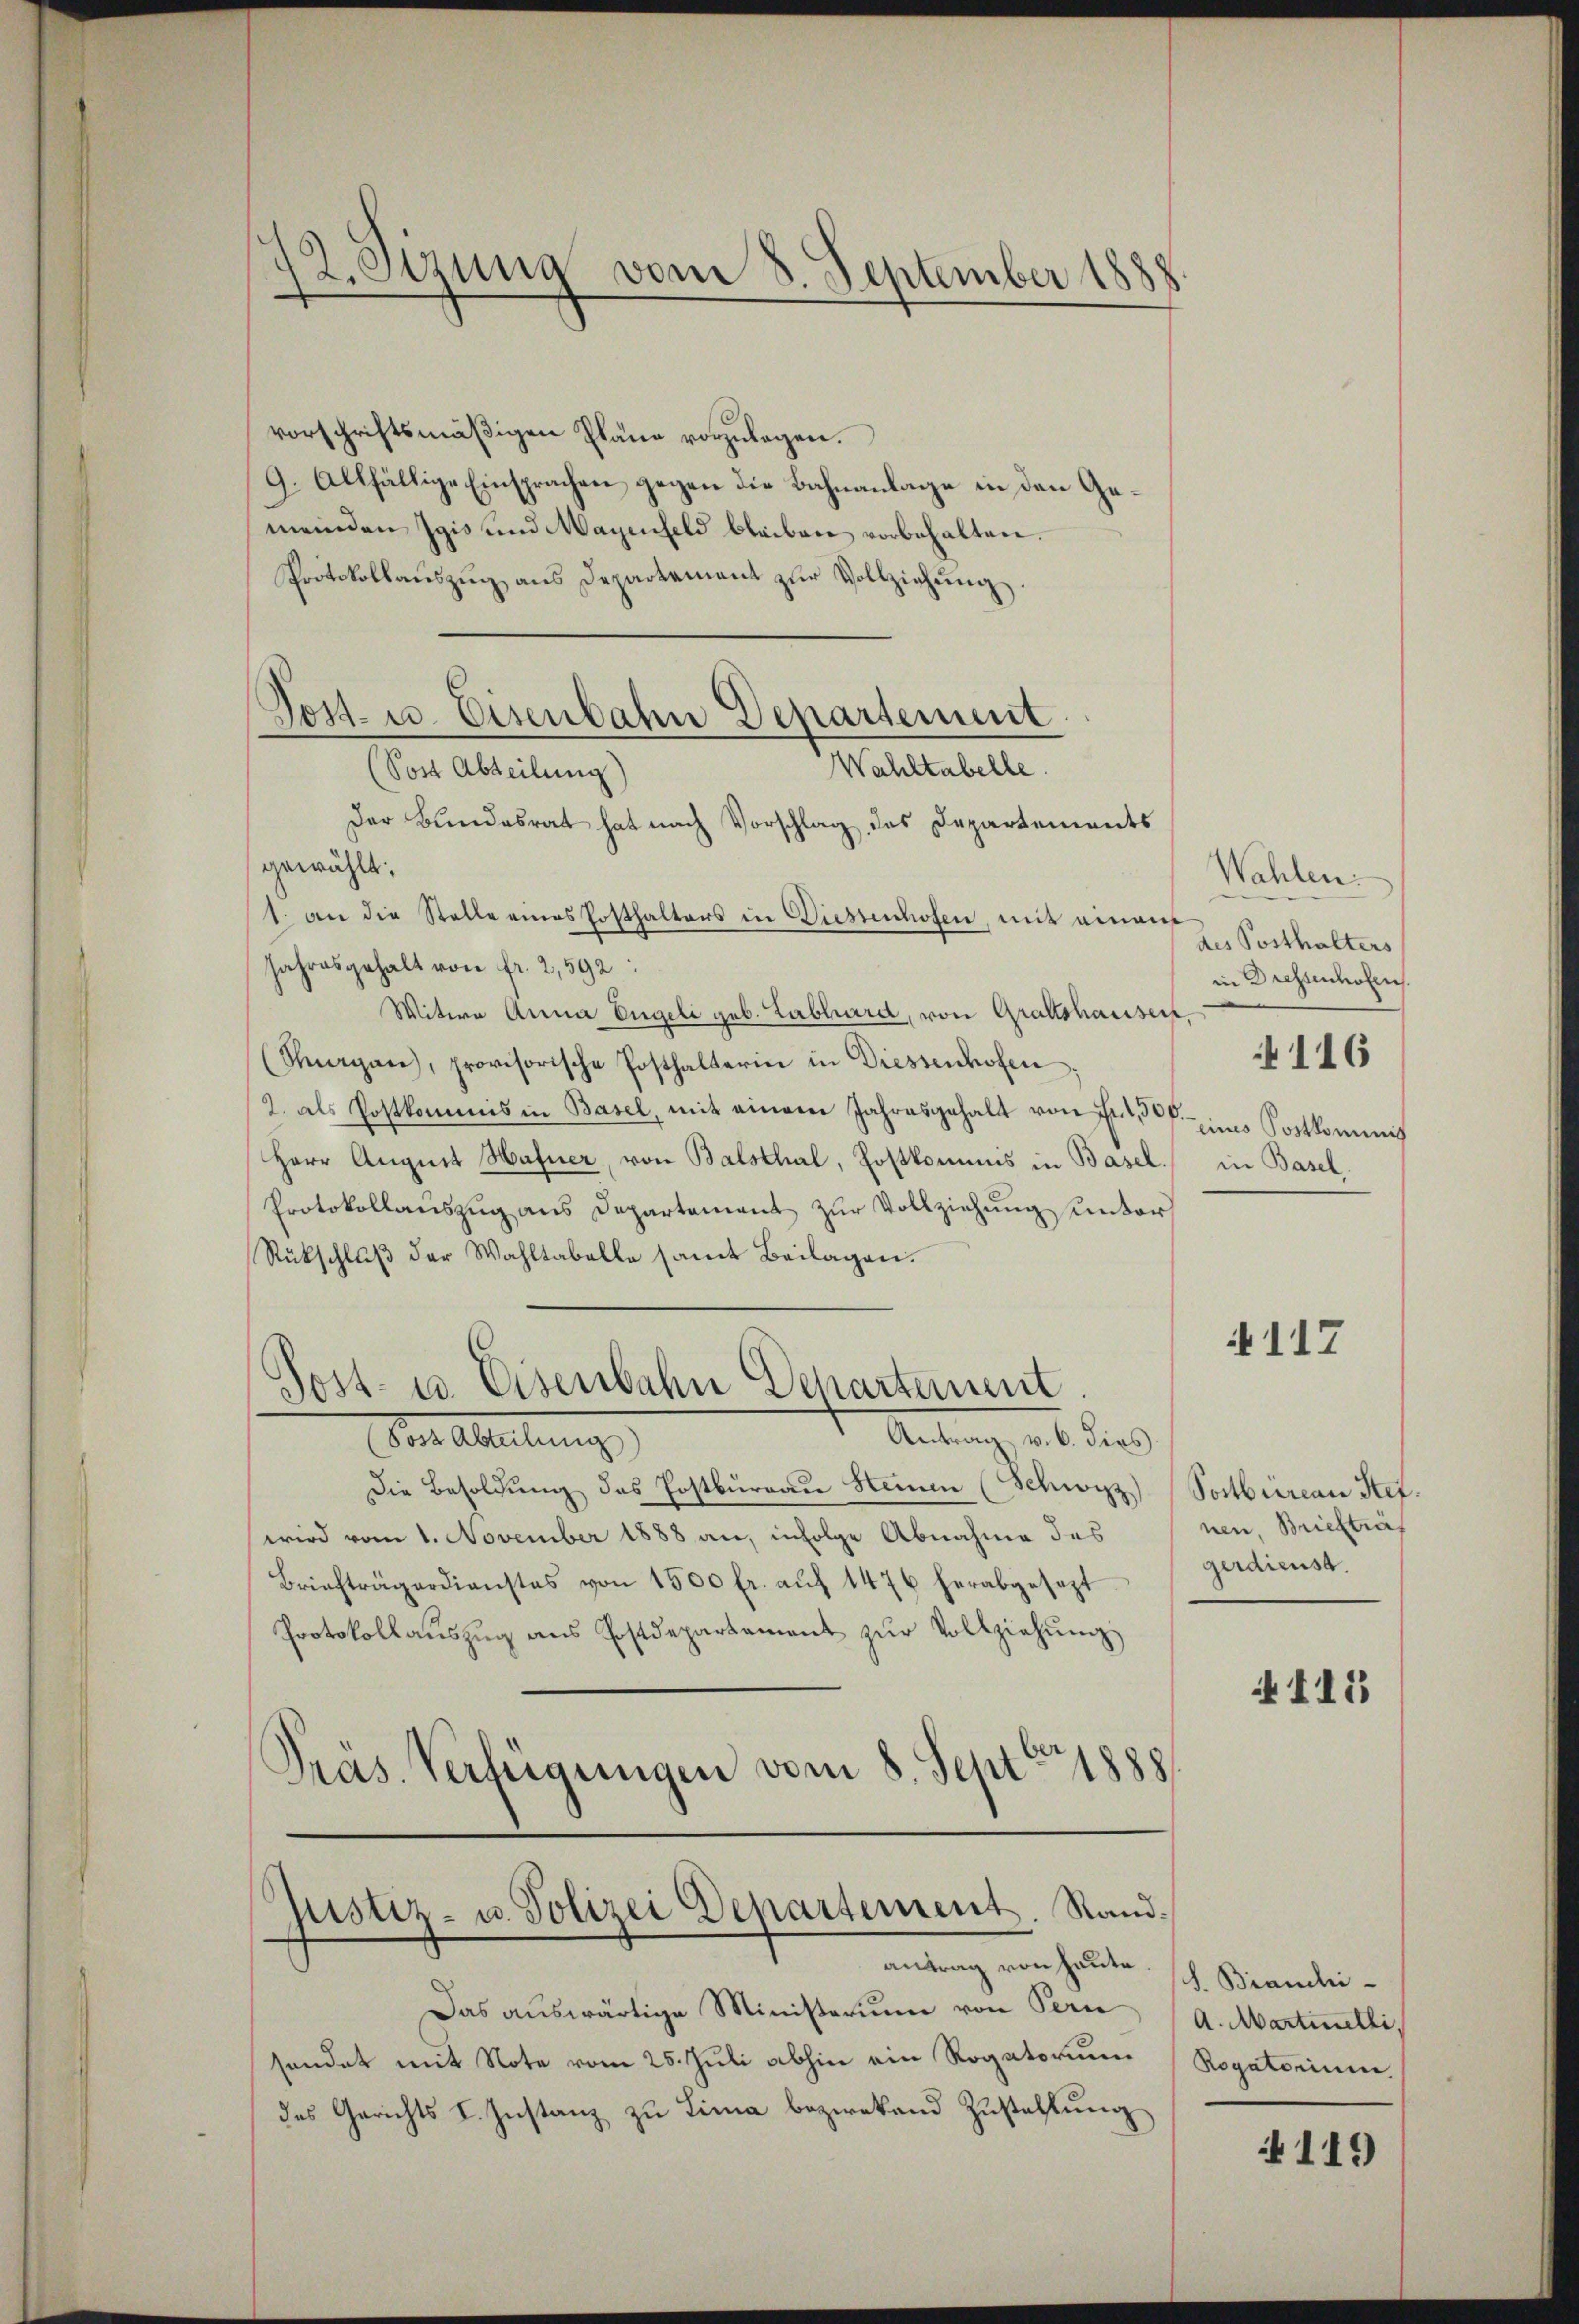
12. Sezung vom 8. September 1888

vorschriftsmäßigen Pläne vorzulegen.
9. Allfällige Einsprachen gegen die Bahnanlage in den Gemeinden Igis und Wagenfeld bleiben vorbehalten.
Protokollaŭszŭg ans Departement zŭr Vollziehŭng.
Der Bundesrat hat nach Vorschlag des Departements
gewählt:
1. an die Stelle eines Posthalters in Diesenhofen, mit einem
Jahresgehalt von fr. 2,592:
Witwe Anna Engeli geb. Labhard, von Graftshaussert,
(Morgen, provisorische Posthalterin in Diessenhofen
2. als Postkommis in Basel, mit einem Jahresgehalt von Fr. 1,500.
Herr August Hafner, von Balsthal, Postkommis in Basel. in Basel,
Protokollauszug aus Departement zur Vollziehung unter
Rückschluß der Wahltabelle samt Beilagen.
Sost- u. Eisenbahn Departement.
Antrag v. 6. dies
Die Abteilung
Die Besoldŭng des Postbureau Heinen (Schwyz) (Sostbureau Ref.
wird vom 1. November 1888 an, infolge Abnahme des
Briefträgerdienstes von 1500 fr. aŭf 1476 herabgesezt
Protokollaŭszŭg ans Postdepartement zŭr Vollziehung
Pras. Verfügungen vom 8. Sept 1888

Post- u. Eisenbahn Departement
Wahltabelle.
(Post Abteilung)

pistiz- u. Polizei Departement. Sandantrag von heute.

Das auswärtige Ministerium von Pern
sendet mit Note vom 25. Juli abhin ein Rogatorium
des Gerichts I. Instanz zu Lina bezwekend Zustellung

Wahlen.
des Posthalters
in Dressenhofen.
116
eines Postkominis

N 117

nen, Briefträ
gerdienst

111

s. Brandi-
A. Martinelli,
Rogatorium

119